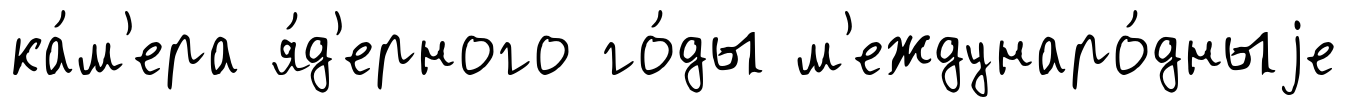
ка́м'ера я́д'ерного го́ды м'еждунаро́дныjе